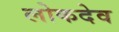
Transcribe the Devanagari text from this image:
लोकदेव